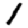
Digit: 1